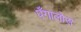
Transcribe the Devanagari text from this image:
पँगालोस